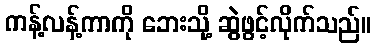
ကန့်လန့်ကာကို ဘေးသို့ ဆွဲဖွင့်လိုက်သည်။